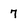
Character: 7